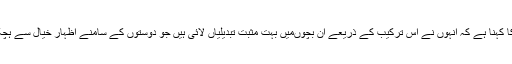
بچوں کی تربیت سے متعلق افراد کا کہنا ہے کہ انہوں نے اس ترکیب کے ذریعے ان بچوںمیں بہت مثبت تبدیلیاں لائی ہیں جو دوستوں کے سامنے اظہار خیال سے ہچکچاتے یا شرم محسوس کرتے ہیں۔